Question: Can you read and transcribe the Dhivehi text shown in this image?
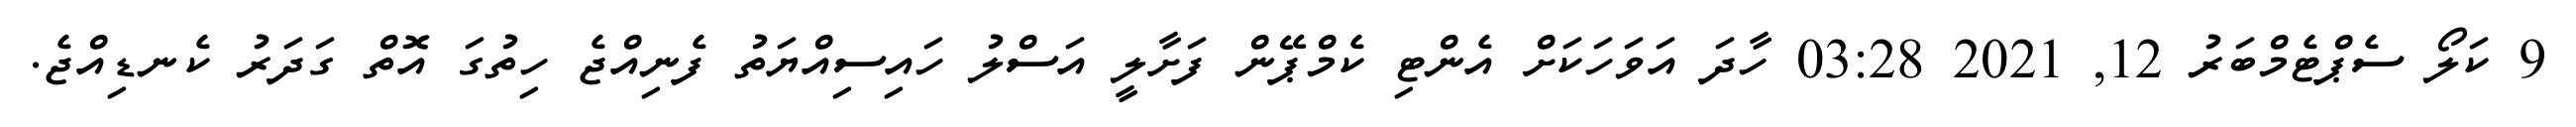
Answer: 9 ކަލޯ ސެޕްޓެމްބަރު 12, 2021 03:28 ހާދަ އަވަހަކަށް އެންޓި ކެމްޕޭން ފަށާލީ އަސްލު ހައިސިއްޔަތު ފެނިއްޖެ ހިތުގަ އޮތް ގަދަރު ކެނޑިއްޖެ.